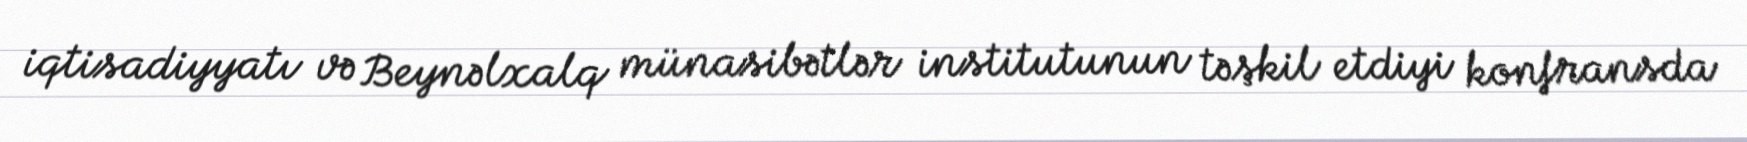
iqtisadiyyatı və Beynəlxalq münasibətlər institutunun təşkil etdiyi konfransda